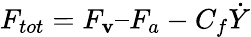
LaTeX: F_{tot}=F_{\mathbf{v}}–F_{a}-C_{f}\dot{{Y}}